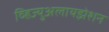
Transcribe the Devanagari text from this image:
व्हिज्युअलायझेशन